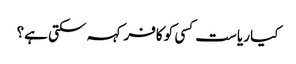
کیا ریاست کسی کو کافر کہہ سکتی ہے؟